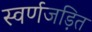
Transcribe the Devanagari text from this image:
स्‍वर्णजड़ित